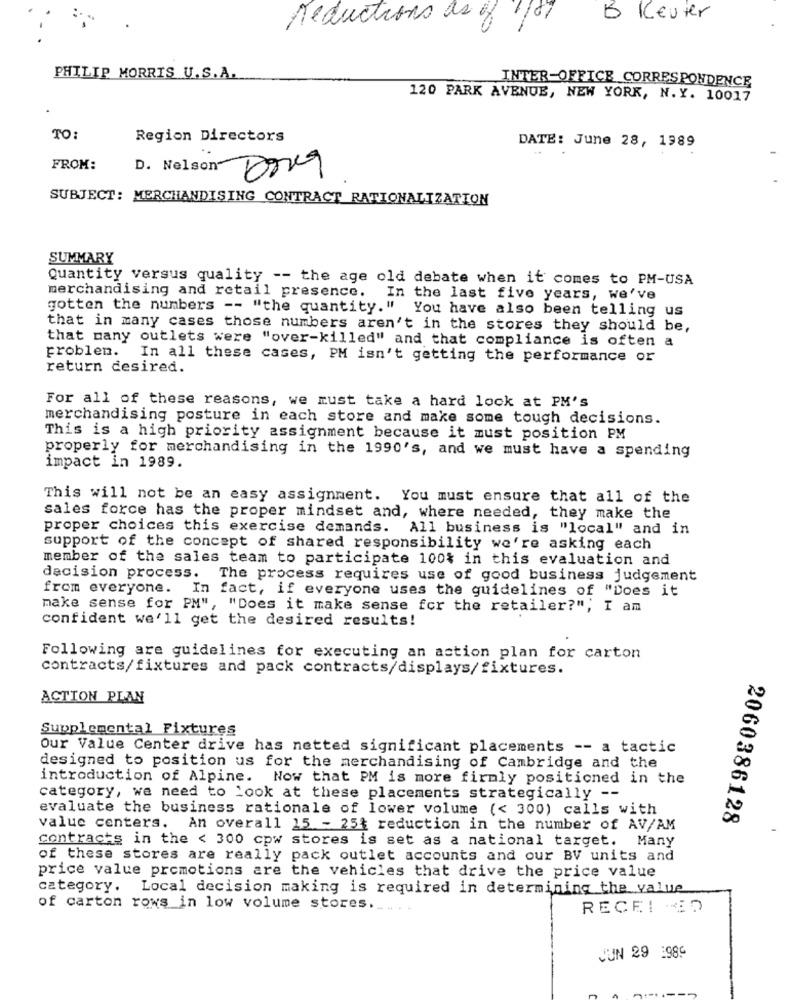
reductions as of!
187
5 Keuter
--
PHILIP MORRIS U.S.A.
INTER-OFFICE CORRESPONDENCE
120 PARK AVENUE, NEW YORK, N. Y. 10017
TO:
Region Directors
..
DATE: June 28, 1989
FROM:
D. Nelson
Drug
SUBJECT: MERCHANDISING CONTRACT RATIONALIZATION
SUMMARY
Quantity versus quality -- the age old debate when it comes to PM-USA
merchandising and retail presence. In the last five years, we've
gotten the numbers -- "the quantity." You have also been telling us
that in many cases those numbers aren't in the stores they should be,
that many outlets were "over-killed" and that compliance is often a
problem.
In all these cases, PM isn't getting the performance or
return desired.
For all of these reasons, we must take a hard lock at PM's
merchandising posture in each store and make some tough decisions.
This is a high priority assignment because it must position PM
properly for merchandising in the 1990's, and we must have a spending
impact in 1989.
This will not be an easy assignment. You must ensure that all of the
sales force has the proper mindset and, where needed, they make the
proper choices this exercise demands. All business is "local" and in
support of the concept of shared responsibility we're asking each
member of the sales team to participate 100% in this evaluation and
decision process. The process requires use of good business judgement
from everyone.
In fact, if everyone uses the guidelines of "Does it
make sense for PM", "Does it make sense for the retailer?", I am
confident we'll get the desired results!
Following are guidelines for executing an action plan for carton
contracts/fixtures and pack contracts/displays/fixtures.
ACTION PLAN
Supplemental Fixtures
Our Value Center drive has netted significant placements -- a tactic
designed to position us for the merchandising of Cambridge and the
introduction of Alpine. Now that PM is more firmly positioned in the
category, we need to Look at these placements strategically --
evaluate the business rationale of lower volume (< 300) calls with
2060386128
value centers. An overall 15 - 25% reduction in the number of AV/AM
contracts in the < 300 cpw stores is set as a national target. Many
of these stores are really pack outlet accounts and our BV units and
price value promotions are the vehicles that drive the price value
category. Local decision making is required in determining the value
of carton rows in low volume stores ..
RECEI MED
JUN 29 :989